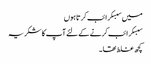
میں سبسکرائب کرتا ہوں
سبسکرائب کرنے کے لئے آپ کا شکریہ
کچھ غلط تھا۔